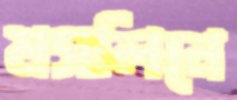
মসলিনে